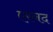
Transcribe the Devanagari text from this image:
एरनद